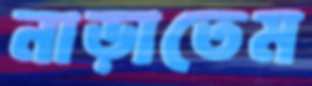
নাড়াতেম